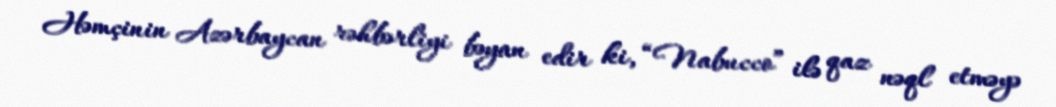
Həmçinin Azərbaycan rəhbərliyi bəyan edir ki, “Nabucco” ilə qaz nəql etməyə